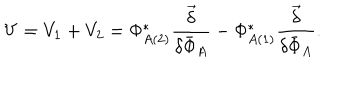
V = V _ { 1 } + V _ { 2 } = \Phi _ { A ( 2 ) } ^ { * } \frac { \stackrel { \rightarrow } { \delta } } { \delta { \bar { \Phi } } _ { A } } - \Phi _ { A ( 1 ) } ^ { * } \frac { \stackrel { \rightarrow } { \delta } } { \delta { \bar { \Phi } } _ { A } } .